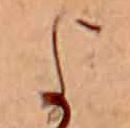
よ